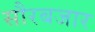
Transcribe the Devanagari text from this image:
सौरबजार